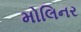
મોલિનર